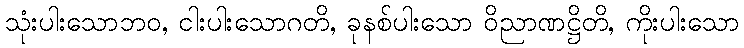
သုံးပါးသောဘဝ, ငါးပါးသောဂတိ, ခုနစ်ပါးသော ဝိညာဏဋ္ဌိတိ, ကိုးပါးသော